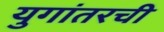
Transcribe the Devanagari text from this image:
युगांतरची